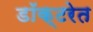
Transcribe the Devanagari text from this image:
डॉक्टरेत